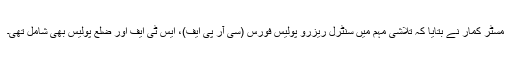
مسٹر کمار نے بتایا کہ تلاشی مہم میں سنٹرل ریزرو پولیس فورس (سی آر پی ایف)، ایس ٹی ایف اور ضلع پولیس بھی شامل تھی۔